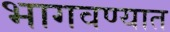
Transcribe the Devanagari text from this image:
भागवण्यात